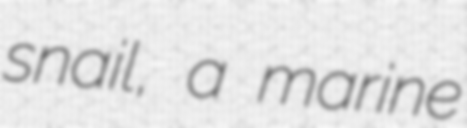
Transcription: snail, a marine